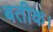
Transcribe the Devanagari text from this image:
बतीक।